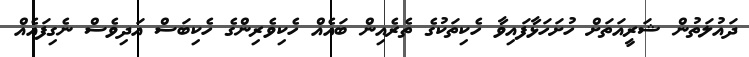
ދައުލަތުން ޝަރީއަތަށް ހުށަހަޅާފައިވާ ހެކިތަކުގެ ތެރެއިން ބައެއް ހެކިވެރިންގެ ހެކިބަސް އަދިވެސް ނެގިފައެއް